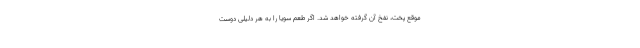
موقع پخت، نفخ آن گرفته خواهد شد. اگر طعم سویا را به هر دلیلی دوست